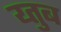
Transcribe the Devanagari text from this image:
य्तुब